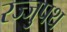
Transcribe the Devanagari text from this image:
रज्जुपथ